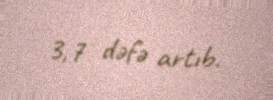
3,7 dəfə artıb.